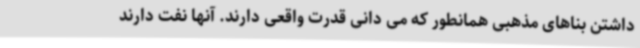
داشتن بناهای مذهبی همانطور که می دانی قدرت واقعی دارند. آنها نفت دارند